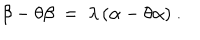
\beta - \theta \beta ~ = ~ \lambda \, ( \alpha - \theta \alpha ) ~ .